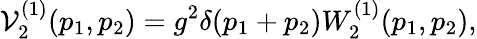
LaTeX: \mathcal{V}_{2}^{(1)}(p_{1},p_{2})=g^{2}\delta(p_{1}+p_{2})W_{2}^{(1)}(p_{1},p_{2}),